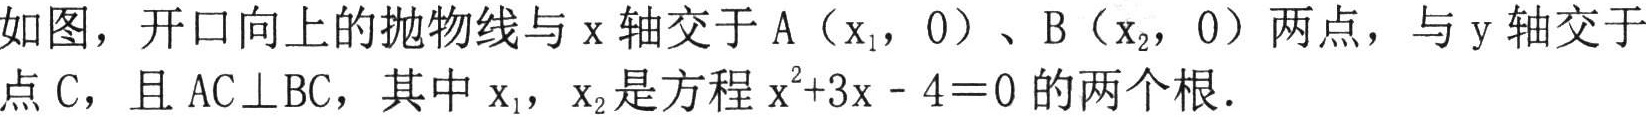
如图，开口向上的抛物线与\(x\)轴交于\(A(x_{1},0)\)、\(B(x_{2},0)\)两点，与\(y\)轴交于点\(C\)，且\(AC\perp BC\)，其中\(x_{1}\)，\(x_{2}\)是方程\(x^{2}+3x - 4 = 0\)的两个根．